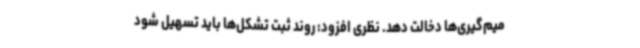
میم‌گیری‌ها دخالت دهد. نظری افزود: روند ثبت تشکل‌ها باید تسهیل شود